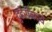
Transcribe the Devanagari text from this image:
दुहेरीमद्ये